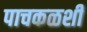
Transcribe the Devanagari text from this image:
पाचकळशी